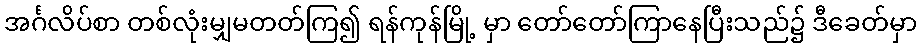
အင်္ဂလိပ်စာ တစ်လုံးမျှမတတ်ကြ၍ ရန်ကုန်မြို့ မှာ တော်တော်ကြာနေပြီးသည်၌ ဒီခေတ်မှာ